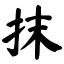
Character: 抹